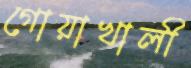
গোয়াখালী